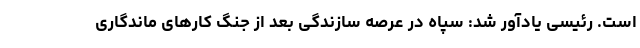
است. رئیسی یادآور شد: سپاه در عرصه سازندگی بعد از جنگ کارهای ماندگاری